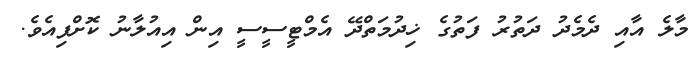
މާލެ އާއި ދެމެދު ދަތުރު ފަތުުގެ ޚިދުމަތްދޭ އެމްޓީސީސީ އިން އިއުލާނު ކޮށްފިއެވެ.